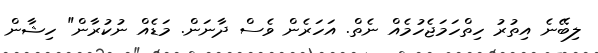
ލިބޭނެ އިތުރު ހިތްހަމަޖެހުމެއް ނެތް. އަހަރެން ވެސް ދާނަން. މަޑެއް ނުކުރާން" ހިޝާން